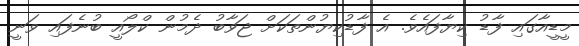
މީޑީއާގައި ފާޑު ކިޔާފައެވެ. އެ ފާޑުކިޔުންތަކަށް ޖަވާބު ދެމުން ކްލޯއީ ބުނެފައި ވަނީ